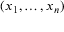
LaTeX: ( x _ { 1 } , \dots , x _ { n } )